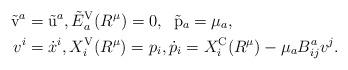
LaTeX: \begin{align*} \tilde{\rm v}^a&=\tilde{\rm u}^a, \tilde{E}^{\rm V}_a(R^\mu) = 0, \;\; \tilde{\rm p}_a= \mu_a, \\ {v}^i&={\dot x}^i, X_i^{\rm V}(R^\mu) =p_i, {\dot p}_i = X_i^{\rm C}(R^\mu) - \mu_a B^a_{ij}v^j. \end{align*}